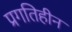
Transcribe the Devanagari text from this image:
प्रगतिहीन